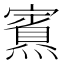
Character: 𪹿